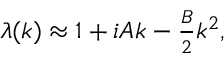
\begin{array} { r } { \lambda ( k ) \approx 1 + i A k - \frac { B } { 2 } k ^ { 2 } , } \end{array}